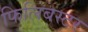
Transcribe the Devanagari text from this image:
फिलिबस्टर